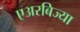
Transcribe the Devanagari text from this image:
एअरबिज्या